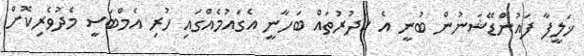
ޚަލީފާ ފައުންޑޭޝަނުން ބުނީ އެ ކަދުރުތައް ބަހާނީ އެގައުމެއްގައި ހުރި އެމްބަސީ މެދުވެރިކޮށް